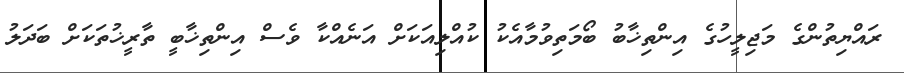
ރައްޔިތުންގެ މަޖިލީހުގެ އިންތިޚާބު ބޯމަތިވުމާއެކު ކުއްލިއަކަށް އަނެއްކާ ވެސް އިންތިޚާބީ ތާރީޚުތަކަށް ބަދަލު